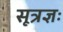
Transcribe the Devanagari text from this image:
सूत्रज्ञः